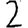
Digit: 2